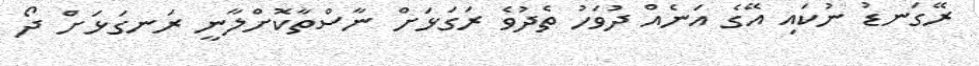
ރޭގަނޑު ނުކައި އޭގެ އަނެއް ދުވަހު ތެދުވެ ރަގަޅަށް ނާސްތާކޮށްލާނީ ރަނގަޅަށް ދޯ